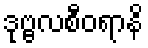
ဒုဗ္ဗလစီဝရာနိ